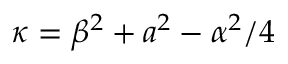
\kappa = \beta ^ { 2 } + a ^ { 2 } - \alpha ^ { 2 } / 4